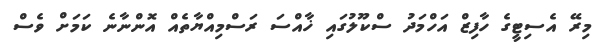
މިރޭ އެސިޓީގެ ހާފިޒް އަހްމަދު ސްކޫލުގައި ޚާއްސަ ރަސްމިއްޔާތެއް އޮންނާނެ ކަމަށް ވެސް